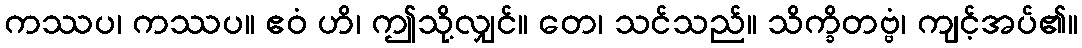
ကဿပ၊ ကဿပ။ ဧဝံ ဟိ၊ ဤသို့လျှင်။ တေ၊ သင်သည်။ သိက္ခိတဗ္ဗံ၊ ကျင့်အပ်၏။